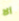
ألا